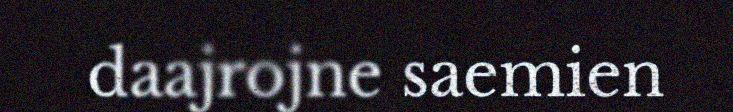
daajrojne saemien